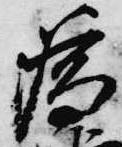
為